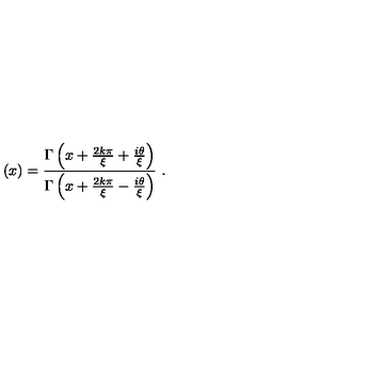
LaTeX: \left( x \right) = \frac { \Gamma \left( x + \frac { 2 k \pi } { \xi } + \frac { i \theta } { \xi } \right) } { \Gamma \left( x + \frac { 2 k \pi } { \xi } - \frac { i \theta } { \xi } \right) } \ .